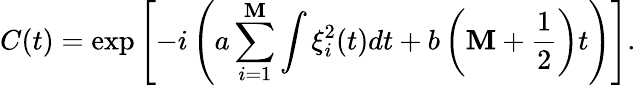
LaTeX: C(t)=\exp\left[-i\left(a\sum_{i=1}^{\mathbf{M}}\int\xi_{i}^{2}(t)dt+b\left(\mathbf{M}+\frac{{1}}{{2}}\right)t\right)\right].